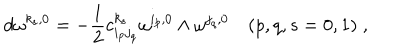
d \omega ^ { k _ { s } , 0 } = - \frac { 1 } { 2 } c _ { i _ { p } j _ { q } } ^ { k _ { s } } \omega ^ { i _ { p } , 0 } \wedge \omega ^ { j _ { q } , 0 } \quad ( p , q , s = 0 , 1 ) \; ,